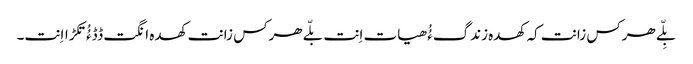
بِلّے ھرکس زانت کہ کھدہ زندگءُُ ھیات اِنت بلّے ھرکس زانت کھدہ انگت ڈڈءُُ تکڑااِنت۔